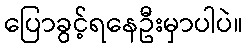
ပြောခွင့်ရနေဦးမှာပါပဲ။